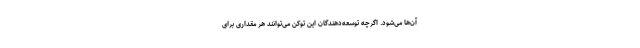
آن‌ها می‌شود. اگرچه توسعه‌دهندگان این توکن می‌توانند هر مقداری برای